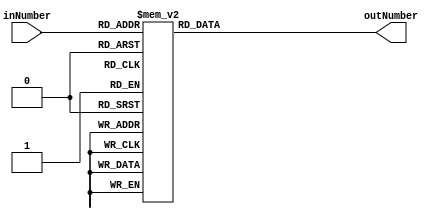
`timescale 1ns / 1ps
//////////////////////////////////////////////////////////////////////////////////
// Company: 
// Engineer: 
// 
// Design Name: 
// Module Name:    vconvert 
// Project Name: 
// Target Devices: 
// Tool versions: 
// Description: 
//
// Dependencies: 
//
// Revision: 
// Revision 0.01 - File Created
// Additional Comments: 
//
//////////////////////////////////////////////////////////////////////////////////
module vconvert(
    input [2:0] inNumber,
    output reg[3:0] outNumber
    );
always @ *
	case(inNumber)
		3'b000 : outNumber = 4'b1100;
		3'b001 : outNumber = 4'b0000;
		3'b010 : outNumber = 4'b1111;
		3'b011 : outNumber = 4'b1111;
		3'b100 : outNumber = 4'b1110;
		3'b101 : outNumber = 4'b1110;
		3'b110 : outNumber = 4'b1001;
		3'b111 : outNumber = 4'b0011;
	endcase

endmodule